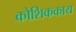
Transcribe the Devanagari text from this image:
कोशिककाय